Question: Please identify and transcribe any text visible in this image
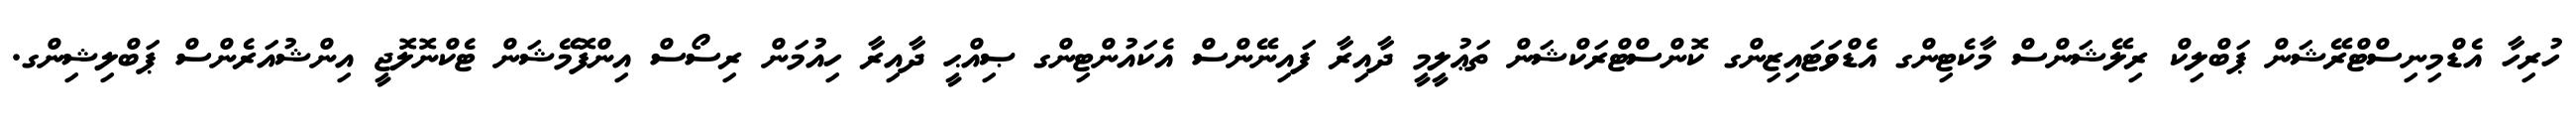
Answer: ހުރިހާ އެޑްމިނިސްޓްރޭޝަން ޕަބްލިކް ރިލޭޝަންސް މާކެޓިންގ އެޑްވަޓައިޒިންގ ކޮންސްޓްރަކްޝަން ތަޢުލީމީ ދާއިރާ ފައިނޭންސް އެކައުންޓިންގ ޞިއްޙީ ދާއިރާ ހިއުމަން ރިސޯސް އިންފޮމޭޝަން ޓެކްނޮލޮޖީ އިންޝުއަރެންސް ޕަބްލިޝިންގ.